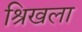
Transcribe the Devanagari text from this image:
श्रिखला